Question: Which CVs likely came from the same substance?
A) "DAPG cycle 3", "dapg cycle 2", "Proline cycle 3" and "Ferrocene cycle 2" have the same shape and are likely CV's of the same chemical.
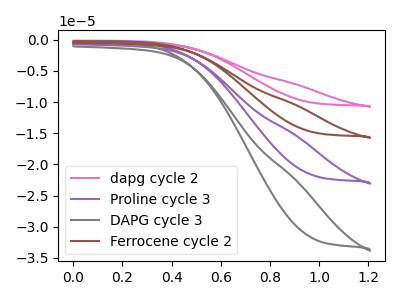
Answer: <think>The pink curve "dapg cycle 2" has no peaks. The purple curve "Proline cycle 3" has no peaks. The gray curve "DAPG cycle 3" has no peaks. The brown curve "Ferrocene cycle 2" has no peaks.
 Neither "dapg cycle 2" or "Proline cycle 3" have any peaks. Neither "dapg cycle 2" or "DAPG cycle 3" have any peaks. Neither "dapg cycle 2" or "Ferrocene cycle 2" have any peaks. Neither "Proline cycle 3" or "DAPG cycle 3" have any peaks. Neither "Proline cycle 3" or "Ferrocene cycle 2" have any peaks. Neither "DAPG cycle 3" or "Ferrocene cycle 2" have any peaks.</think>
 <answer>A) "DAPG cycle 3", "dapg cycle 2", "Proline cycle 3" and "Ferrocene cycle 2" have the same shape and are likely CV's of the same chemical.</answer>
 <eval>A</eval>